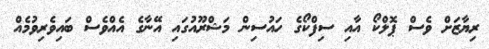
ރިޔާޒަށް ވެސް ޕޮލްކޯ އާއި ސިފްކޯގެ ހައުސިން މަޝްރޫއުގައި އޭނާގެ އެއްވެސް ބައިވެރިވުމެއް